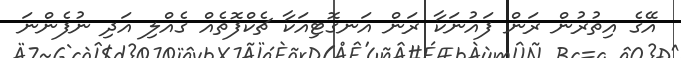
އޭގެ އިތުރުން ރަން ފައުނަކާ ރަން އަނގޮޓިއަކާ ޗެކްފޮތެއް ގެއްލި އަދި ނުފެންނަ